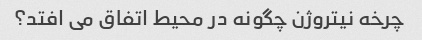
چرخه نیتروژن چگونه در محیط اتفاق می افتد؟